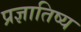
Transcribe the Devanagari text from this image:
प्रज्ञातिष्य